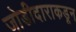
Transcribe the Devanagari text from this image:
जोडीदाराकडून